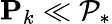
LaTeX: \mathbf{P}_{k}\ll\mathcal{P}_{*}